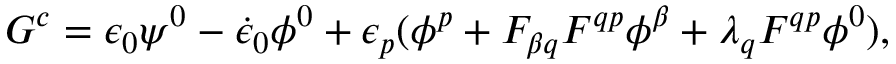
G ^ { c } = \epsilon _ { 0 } \psi ^ { 0 } - { \dot { \epsilon } _ { 0 } } \phi ^ { 0 } + \epsilon _ { p } ( \phi ^ { p } + F _ { \beta q } F ^ { q p } \phi ^ { \beta } + \lambda _ { q } F ^ { q p } \phi ^ { 0 } ) ,